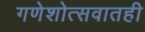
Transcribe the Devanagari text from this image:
गणेशोत्सवातही